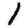
Digit: 1